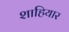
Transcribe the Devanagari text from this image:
शाहियार